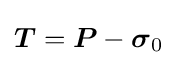
{\boldsymbol {T}}={\boldsymbol {P}}-{\boldsymbol {\sigma }}_{0}